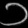
Digit: ၁